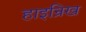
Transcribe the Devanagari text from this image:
हाइन्रिख